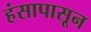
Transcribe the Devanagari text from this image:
हंसापासून